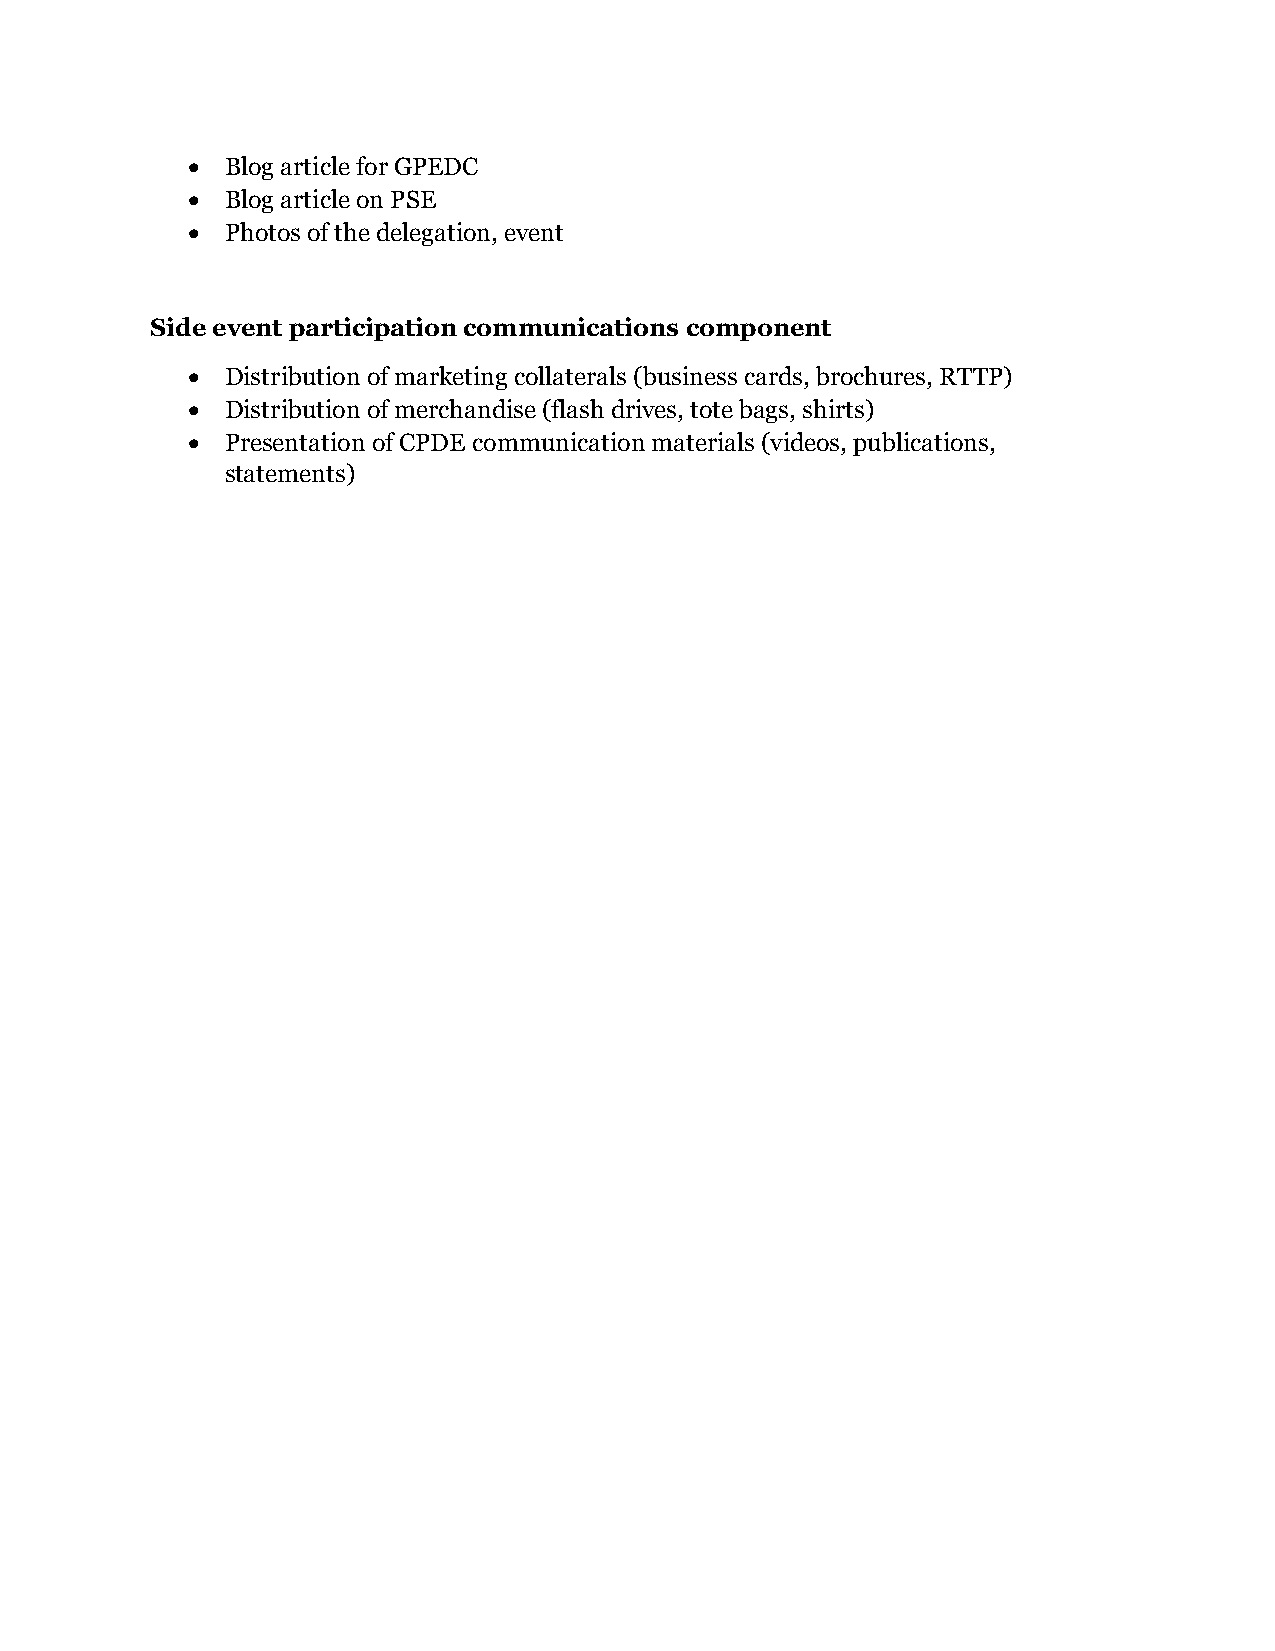
  Blog article for GPEDC
   Blog article on PSE
   Photos of the delegation, event
 Side event participation communications component
   Distribution of marketing collaterals (business cards, brochures, RTTP)
   Distribution of merchandise (flash drives, tote bags, shirts)
   Presentation of CPDE communication materials (videos, publications,
 statements)